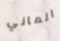
الماني